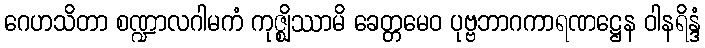
ဂေဟသိတာ စဏ္ဍာလဂါမကံ ကုဇ္ဈိဿာမိ ခေတ္တမေဝ ပုဗ္ဗဘာဂကာရဏဋ္ဌေန ဝါနရိန္ဒံ